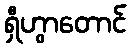
ရှီဟွာတောင်